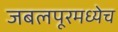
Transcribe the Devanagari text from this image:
जबलपूरमध्येच